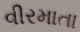
વીરમાતા